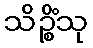
သိဉ္စိံသု